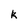
Character: k